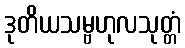
ဒုတိယသမ္ဗဟုလသုတ္တံ